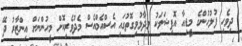
ދިވެހި ފުލުހުންގެ މީޑިއާ އޮފިޝަލަކު ވިދާޅުވިގޮތުގައި އެސްއެމްއެސް މެދުވެރިކޮށް މީހުންނަށް އިންޒާރު ދޭ